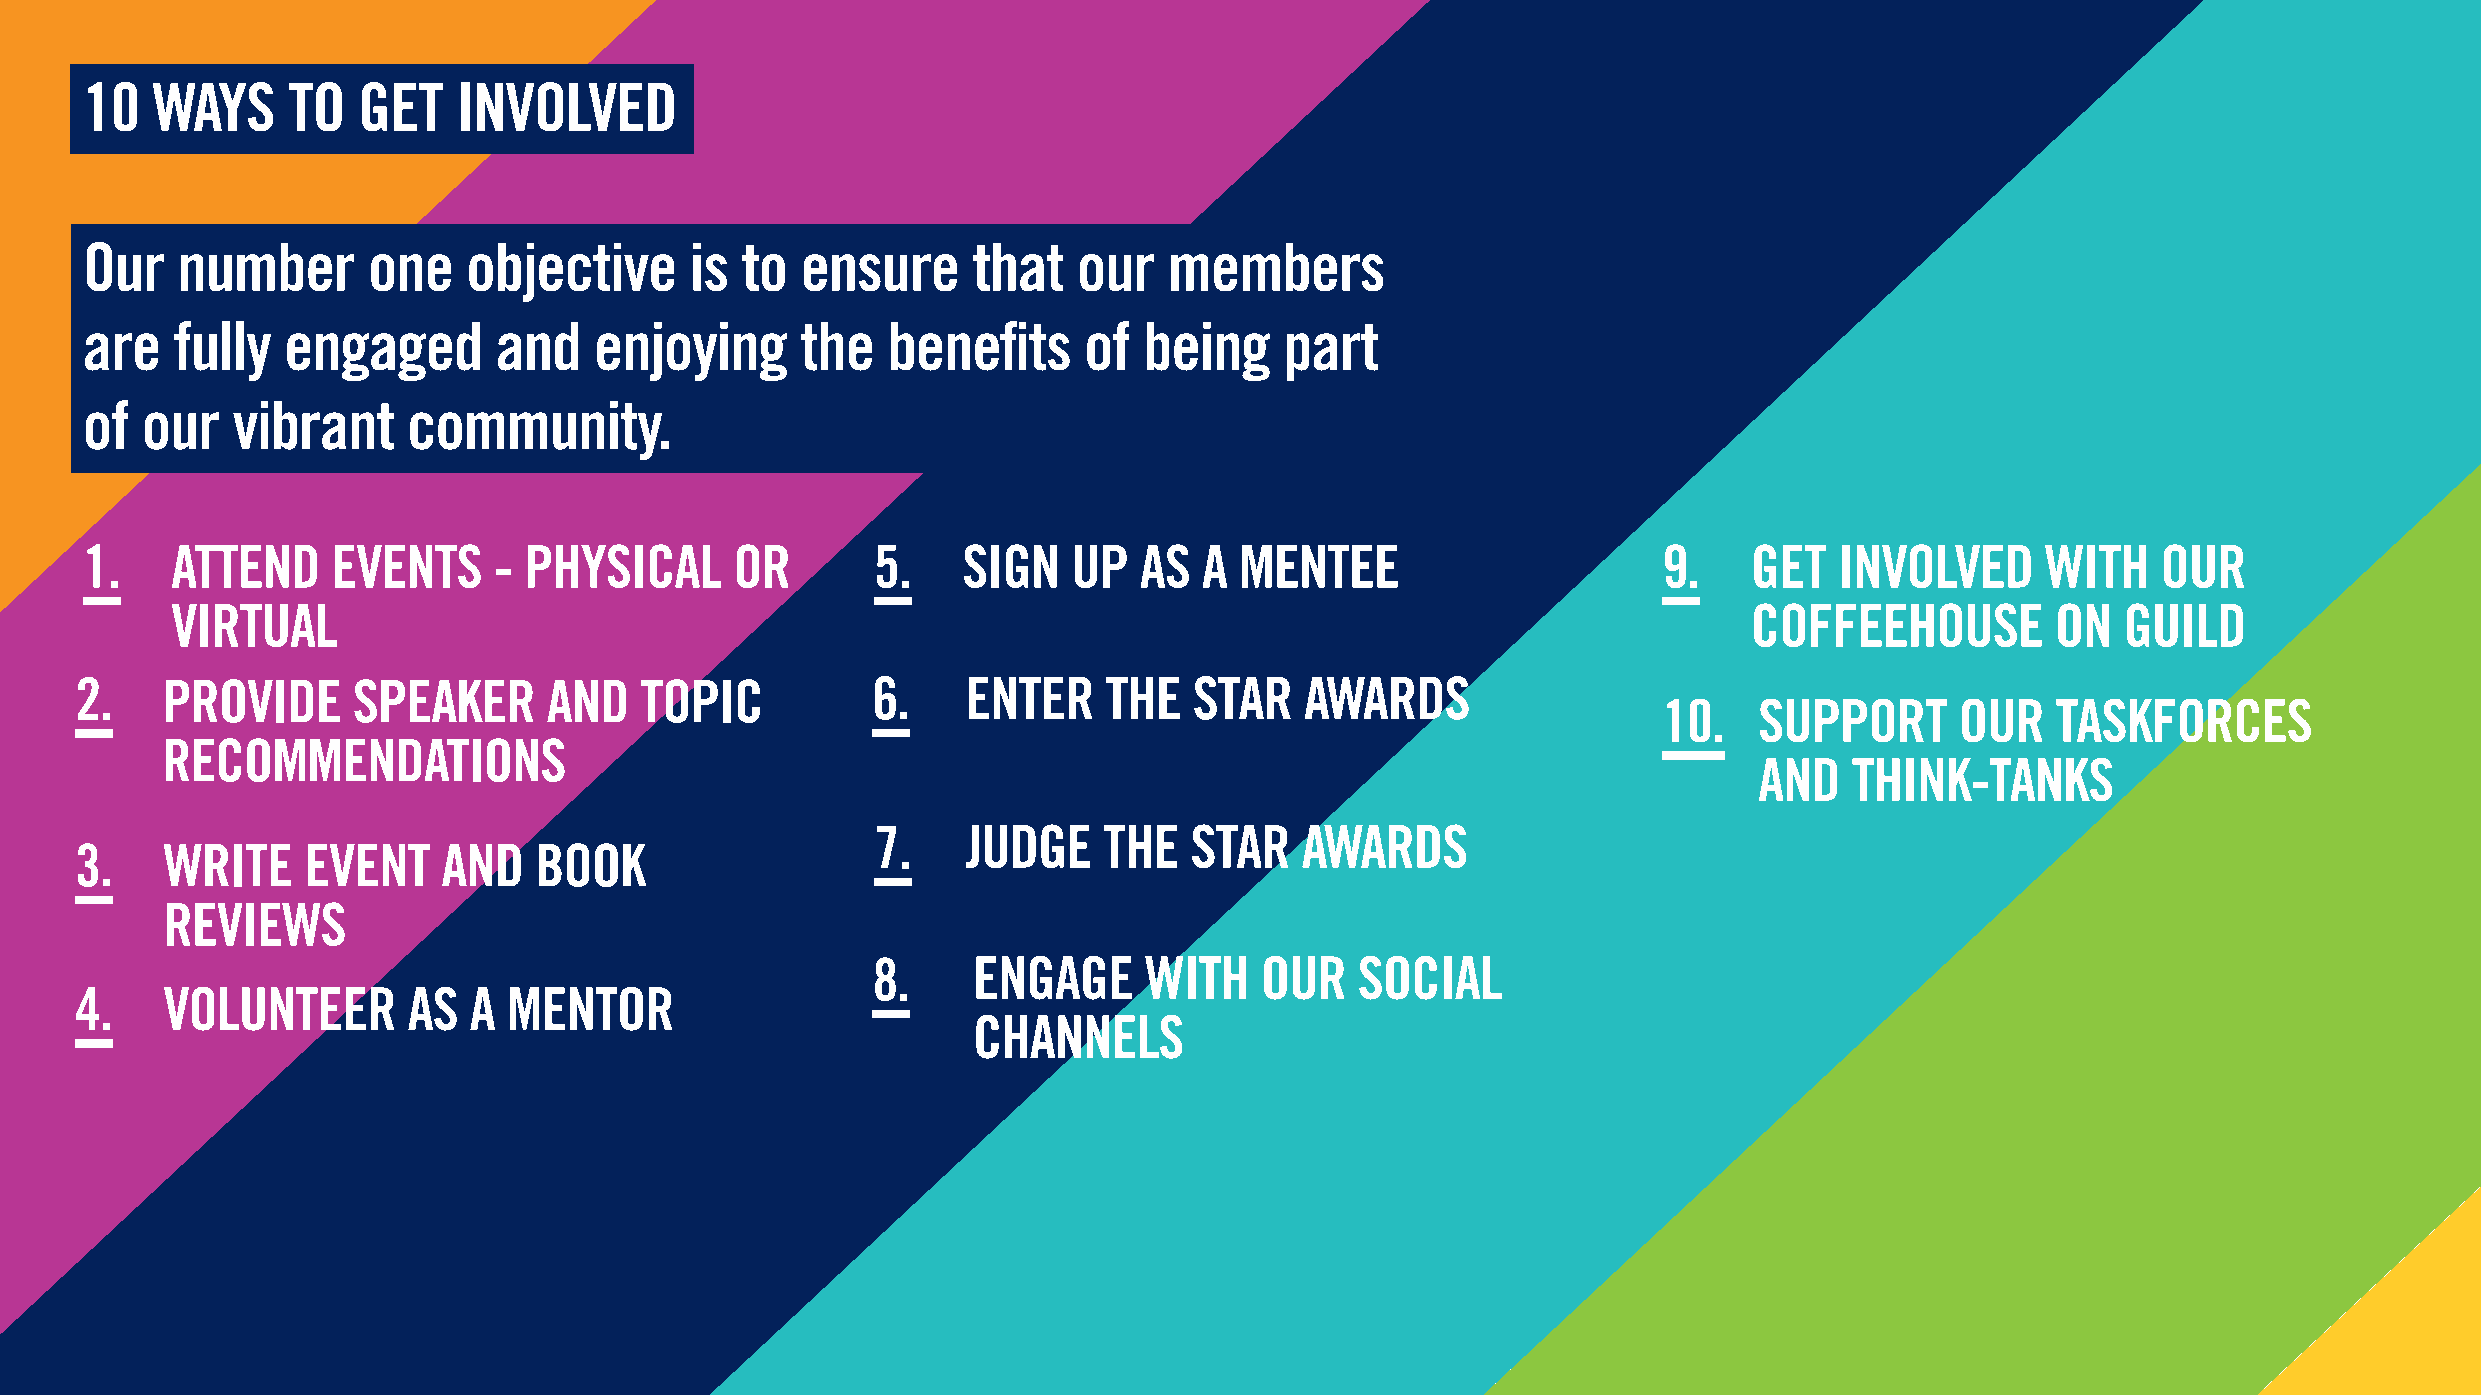
10   WAYS     TO   GET   INVOLVED
 Our    number      one    objective      is to  ensure     that   our   members
 are   fully   engaged       and   enjoying      the   benefits     of  being    part
 of  our   vibrant     community.
 1.    ATTEND     EVENTS     - PHYSICAL      OR       5.    SIGN   UP  AS   A MENTEE                      9.    GET   INVOLVED     WITH    OUR
 VIRTUAL                                                                                                  COFFEEHOUSE         ON   GUILD
 2.    PROVIDE     SPEAKER      AND   TOPIC           6.    ENTER    THE   STAR   AWARDS
 10.   SUPPORT       OUR   TASKFORCES
 RECOMMENDATIONS
 AND    THINK-TANKS
 7.    JUDGE    THE   STAR   AWARDS
 3.    WRITE    EVENT    AND   BOOK
 REVIEWS
 8.    ENGAGE      WITH   OUR    SOCIAL
 4.    VOLUNTEER       AS  A  MENTOR
 CHANNELS